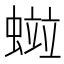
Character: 𧏑